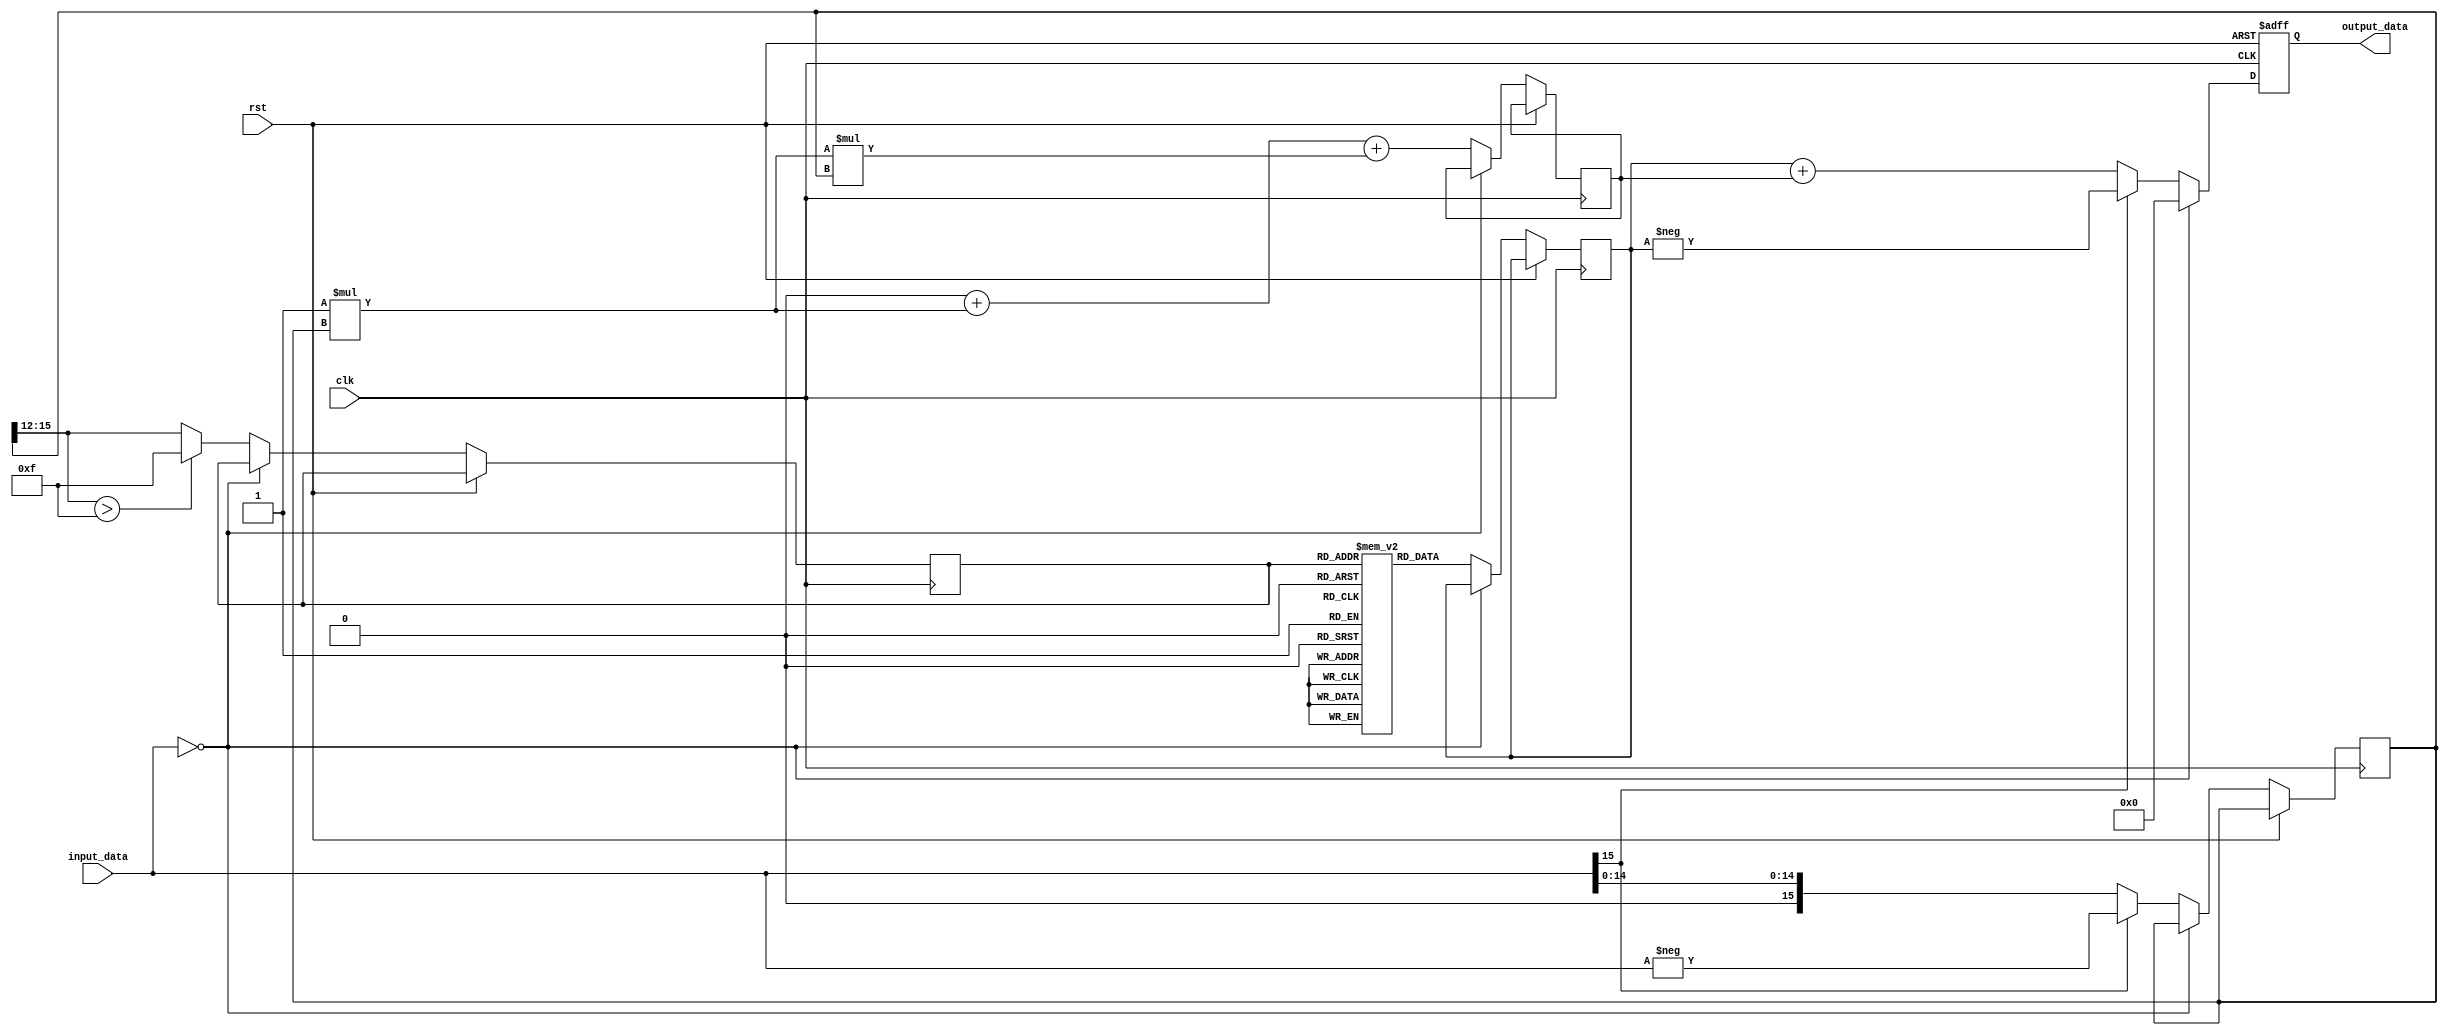
module asinh (
    input wire [15:0] input_data, // 16-bit fixed-point input
    output reg [15:0] output_data, // 16-bit fixed-point output
    input wire clk,
    input wire rst
);

    // LUT for asinh values for specific inputs
    reg [15:0] lut [0:15]; // 16 entries for LUT
    initial begin
        lut[0] = 16'h0000; // asinh(0)
        lut[1] = 16'h0001; // asinh(1)
        lut[2] = 16'h0002; // asinh(2)
        lut[3] = 16'h0003; // asinh(3)
        lut[4] = 16'h0004; // asinh(4)
        lut[5] = 16'h0005; // asinh(5)
        lut[6] = 16'h0006; // asinh(6)
        lut[7] = 16'h0007; // asinh(7)
        lut[8] = 16'h0008; // asinh(8)
        lut[9] = 16'h0009; // asinh(9)
        lut[10] = 16'h000A; // asinh(10)
        lut[11] = 16'h000B; // asinh(11)
        lut[12] = 16'h000C; // asinh(12)
        lut[13] = 16'h000D; // asinh(13)
        lut[14] = 16'h000E; // asinh(14)
        lut[15] = 16'h000F; // asinh(15)
    end

    // Polynomial approximation coefficients (example coefficients)
    parameter A0 = 16'h0000; // Coefficient for x^0
    parameter A1 = 16'h0001; // Coefficient for x^1
    parameter A2 = 16'h0001; // Coefficient for x^2

    // Internal signals
    reg [15:0] abs_input;
    reg [3:0] lut_index;
    reg [15:0] lut_value;
    reg [15:0] poly_result;

    always @(posedge clk or posedge rst) begin
        if (rst) begin
            output_data <= 16'h0000;
        end else begin
            // Handle input normalization and absolute value
            if (input_data == 16'h0000) begin
                output_data <= 16'h0000; // asinh(0) = 0
            end else begin
                abs_input <= (input_data[15] == 1'b1) ? -input_data : input_data; // Get absolute value

                // Determine LUT index (simple normalization for example)
                lut_index <= (abs_input[15:12] > 4'hF) ? 4'hF : abs_input[15:12]; // Limit index to LUT size

                // Lookup value
                lut_value <= lut[lut_index];

                // Polynomial approximation for values not in LUT
                poly_result <= A0 + A1 * abs_input + A2 * abs_input * abs_input; // Simple polynomial

                // Combine results based on input sign
                if (input_data[15] == 1'b1) begin
                    output_data <= -lut_value; // asinh(-x) = -asinh(x)
                end else begin
                    output_data <= lut_value + poly_result; // Combine LUT and polynomial result
                end
            end
        end
    end

endmodule